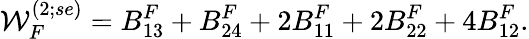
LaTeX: {\cal W}_{F}^{(2;se)}=B_{13}^{F}+B_{24}^{F}+2B_{11}^{F}+2B_{22}^{F}+4B_{12}^{F}.